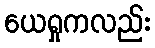
ယေရှုကလည်း